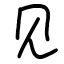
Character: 见